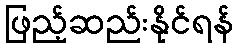
ဖြည့်ဆည်းနိုင်ရန်